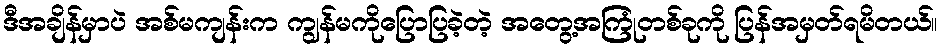
ဒီအချိန်မှာပဲ အစ်မကျန်းက ကျွန်မကိုပြောပြခဲ့တဲ့ အတွေ့အကြုံတစ်ခုကို ပြန်အမှတ်ရမိတယ်။